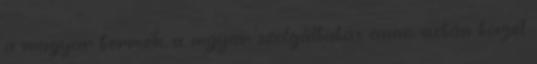
a magyar termék, a mgyar szolgáltatás anno. aztán törjél